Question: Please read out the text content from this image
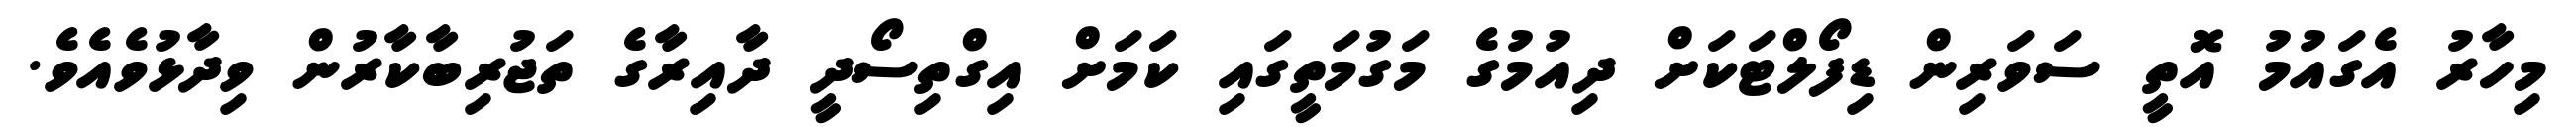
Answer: މިހާރު އެގައުމު އޮތީ ސަވަރިން ޑިފޯލްޓަކަށް ދިއުމުގެ މަގުމަތީގައި ކަމަށް އިގްތިސޯދީ ދާއިރާގެ ތަޖުރިބާކާރުން ވިދާޅުވެއެވެ.